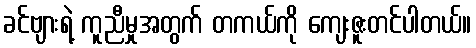
ခင်ဗျားရဲ့ ကူညီမှုအတွက် တကယ်ကို ကျေးဇူးတင်ပါတယ်။